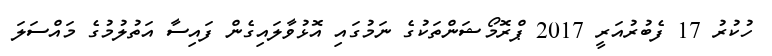
ހުކުރު 17 ފެބުރުއަރީ 2017 ޕްރޮމޯޝަންތަކުގެ ނަމުގައި އޮޅުވާލައިގެން ފައިސާ އަތުލުމުގެ މައްސަލަ